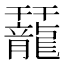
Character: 䶬